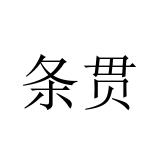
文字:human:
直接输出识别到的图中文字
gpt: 条贯